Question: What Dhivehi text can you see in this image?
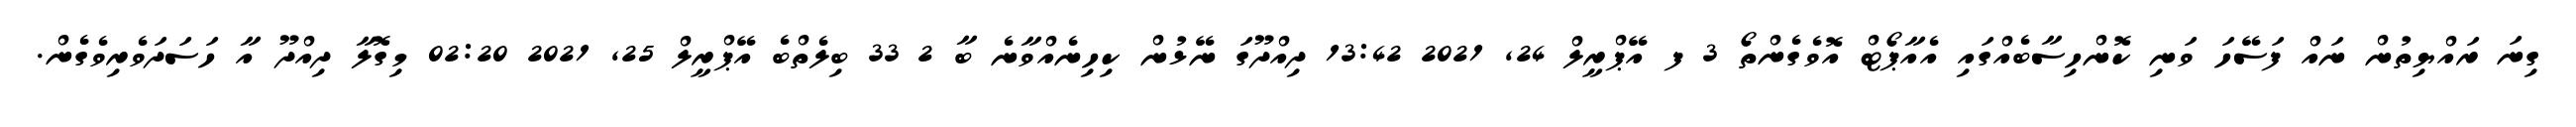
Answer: ގިނަ ރައްޔިތުން ނައް ފަސޭހަ ވަނި ކޮންހިސާބެއްގައި އެއާޕޯޓް އޮވެގެންތޯ 3 ފ އޭޕްރީލް 24, 2021 13:42 ދިއްދޫގަ ނޭޅުން ކިހިނެއްވާނެ ބާ 2 33 ބިލެތްބެ އޭޕްރީލް 25, 2021 02:20 މިގޮލާ ދިއްދޫ އާ ހަސަދަވެރިވެގެން.